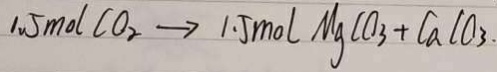
1 . 5 m o l C O _ { 2 } \rightarrow 1 . 5 m o l M g C O _ { 3 } + C a C O _ { 3 } .